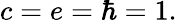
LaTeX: c=e=\hbar=1.